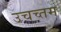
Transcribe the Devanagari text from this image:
उचच्तम